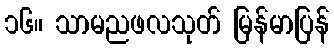
၁၆။ သာမညဖလသုတ် မြန်မာပြန်